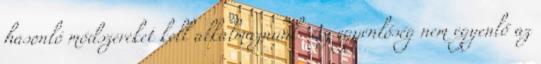
hasonló módszereket kell alkalmaznunk. Az egyenlőség nem egyenlő az